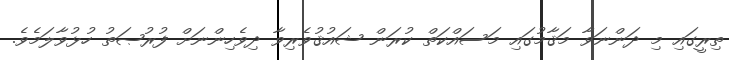
ތިރީގައި މި ދަންނަވާ މަޤާމުގައި މަސައްކަތް ކުރަން ޝައުޤުވެރިވާ ދިވެހިންނަށް ފުރުޞަތު ހުޅުވާލަމެވެ.